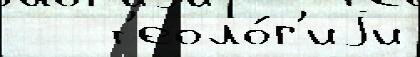
   т'еоло́г'иjи